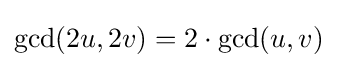
\gcd(2u,2v)=2\cdot \gcd(u,v)